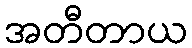
အတီတာယ